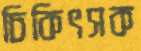
চিকিৎসক